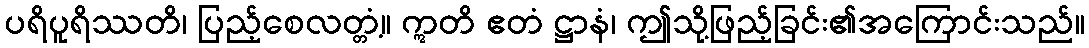
ပရိပူရိဿတိ၊ ပြည့်စေလတ္တံ့။ ဣတိ ဧတံ ဋ္ဌာနံ၊ ဤသို့ဖြည့်ခြင်း၏အကြောင်းသည်။